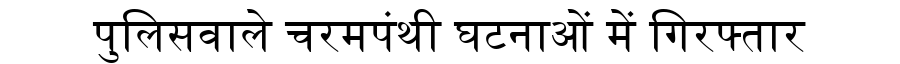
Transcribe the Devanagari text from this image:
पुलिसवाले चरमपंथी घटनाओं में गिरफ्तार